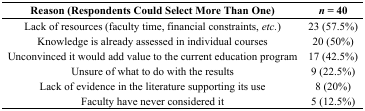
<table><thead><tr><td><b>Reason (Respondents Could Select More Than One)</b></td><td><b><i>n</i> = 40</b></td></tr></thead><tbody><tr><td>Lack of resources (faculty time, financial constraints, <i>etc.</i>)</td><td>23 (57.5%)</td></tr><tr><td>Knowledge is already assessed in individual courses</td><td>20 (50%)</td></tr><tr><td>Unconvinced it would add value to the current education program</td><td>17 (42.5%)</td></tr><tr><td>Unsure of what to do with the results</td><td>9 (22.5%)</td></tr><tr><td>Lack of evidence in the literature supporting its use</td><td>8 (20%)</td></tr><tr><td>Faculty have never considered it</td><td>5 (12.5%)</td></tr></tbody></table>